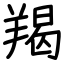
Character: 羯